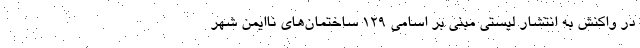
در واکنش به انتشار لیستی مبنی بر اسامی ۱۲۹ ساختمان‌های ناایمن شهر